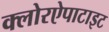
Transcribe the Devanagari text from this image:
क्लोरऐपाटाइट